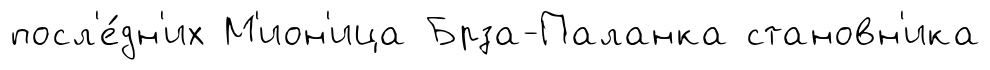
посл'е́дн'их М'ион'ица Брза-Паланка становн'ика